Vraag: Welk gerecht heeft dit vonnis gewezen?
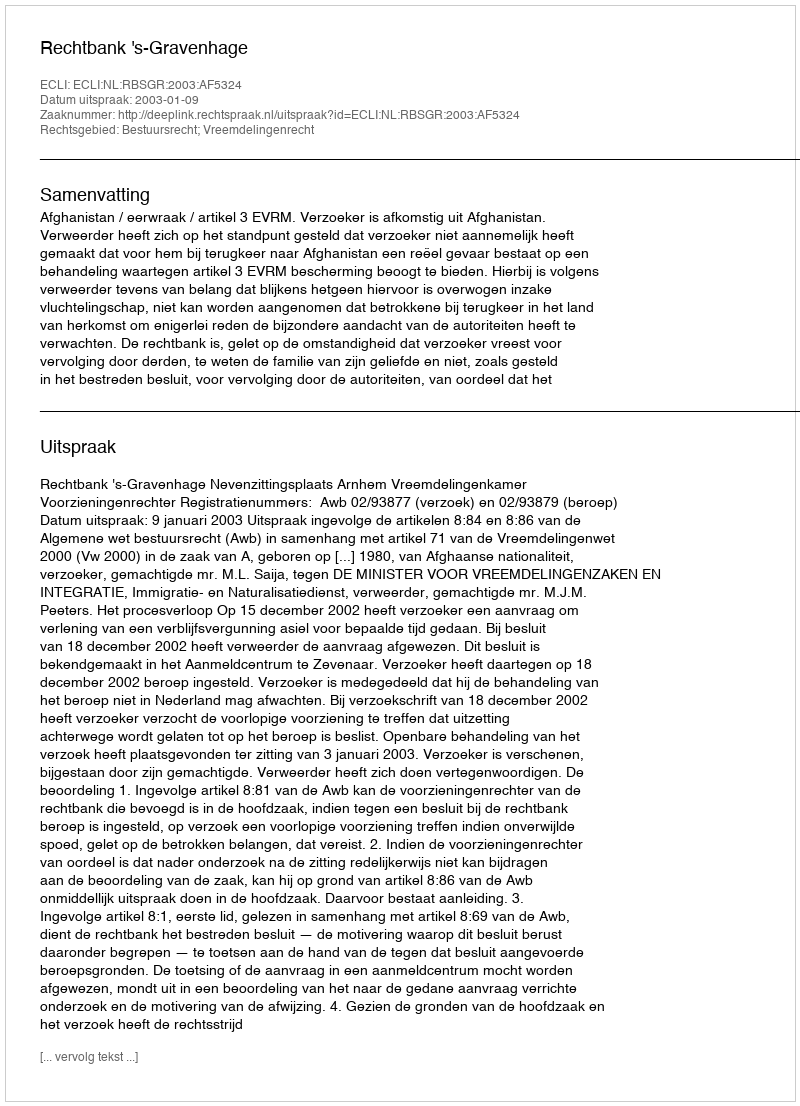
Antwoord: Rechtbank 's-Gravenhage